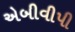
એબીવીપી